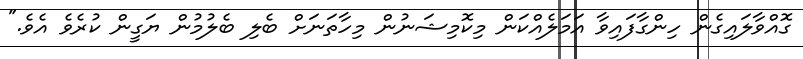
ގޮއްވާލައިގެން ހިންގާފައިވާ އަމަލެއްކަން މިކޮމިޝަނުން މިހާތަނަށް ބެލި ބެލުމުން ޔަގީން ކުރެވެ އެވެ."